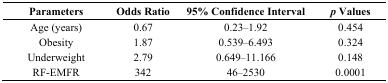
<table><thead><tr><td><b>Parameters</b></td><td><b>Odds Ratio</b></td><td><b>95% Confidence Interval</b></td><td><b><i>p</i> Values</b></td></tr></thead><tbody><tr><td>Age (years)</td><td>0.67 </td><td>0.23–1.92</td><td>0.454</td></tr><tr><td>Obesity </td><td>1.87</td><td>0.539–6.493 </td><td>0.324</td></tr><tr><td>Underweight </td><td>2.79</td><td>0.649–11.166</td><td>0.148</td></tr><tr><td>RF-EMFR</td><td>342</td><td>46–2530</td><td>0.0001</td></tr></tbody></table>